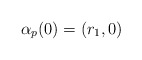
\begin{align*}\alpha_p(0)=(r_1,0)\end{align*}